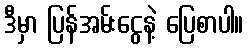
ဒီမှာ ပြန်အမ်းငွေနဲ့ ပြေစာပါ။